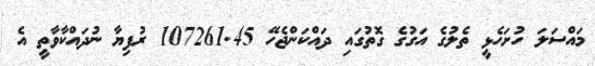
މައްސަލަ ހުށަހެޅީ ތެލުގެ އަގުގެ ގޮތުގައި ދައްކަންޖެހޭ 107261.45 ރުފިޔާ ނުދައްކާވާތީ އެ